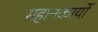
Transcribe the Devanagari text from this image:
महानकार्यो